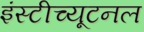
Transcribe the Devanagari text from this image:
इंस्टीच्यूटनल